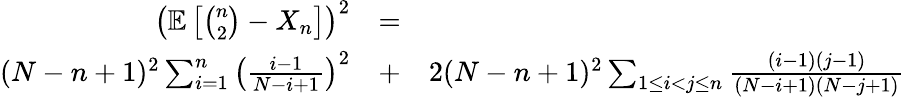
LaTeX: \begin{array}{rlr}{\left({\mathbb E}\left[{\binom{n}{2}}-X_{n}\right]\right)^{2}}&{=}&\\ {(N-n+1)^{2}\sum_{i=1}^{n}\left(\frac{i-1}{N-i+1}\right)^{2}}&{+}&{2(N-n+1)^{2}\sum_{1\leq i<j\leq n}\frac{(i-1)(j-1)}{(N-i+1)(N-j+1)}}\end{array}